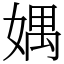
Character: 媀